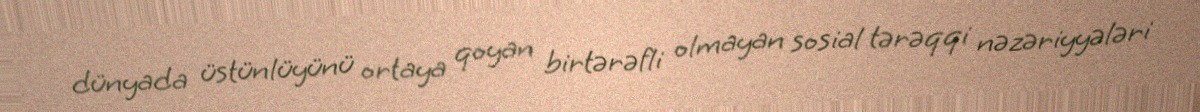
dünyada üstünlüyünü ortaya qoyan birtərəfli olmayan sosial tərəqqi nəzəriyyələri